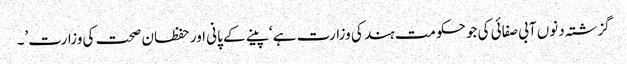
گزشتہ دنوں آبی صفائی کی جو حکومت ہند کی وزارت ہے ‘پینے کے پانی اور حفظان صحت کی وزارت’۔